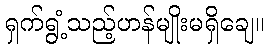
ရှက်ရွံ့သည့်ဟန်မျိုးမရှိချေ။